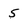
Character: 5